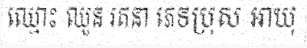
ឈ្មោះ ឈួន រតនា ភេទប្រុស អាយុ